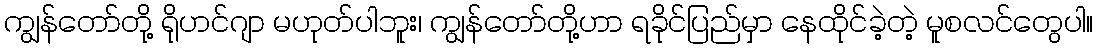
ကျွန်တော်တို့ ရိုဟင်ဂျာ မဟုတ်ပါဘူး၊ ကျွန်တော်တို့ဟာ ရခိုင်ပြည်မှာ နေထိုင်ခဲ့တဲ့ မူစလင်တွေပါ။